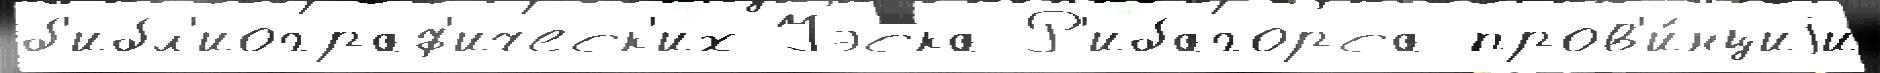
б'ибл'иограф'ическ'их Уэска Р'ибагорса пров'и́нциjи